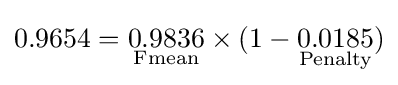
0.9654={\underset {\text{Fmean}}{0.9836}}\times (1-{\underset {\text{Penalty}}{0.0185}})